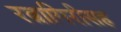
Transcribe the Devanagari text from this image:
रत्नागिरीसह